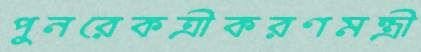
পুনরেকত্রীকরণমন্ত্রী